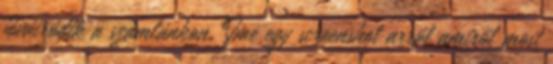
jóváíródik a számlánkon. Íme egy screenshot arról amiről most